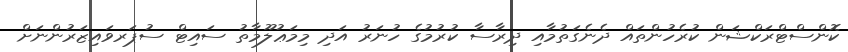
ކޮންސްޓްރަކްޝަން ކުރެހުންތައް ދެނެގަތުމާއި ދިރާސާ ކުރުމުގެ ހުނަރު އަދި މިމަޢުލޫމާތު ސައިޓް ސުޕަރވައިޒަރުންނަށް